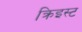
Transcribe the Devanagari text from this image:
क्रिइस्ट